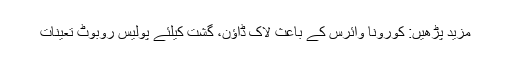
مزید پڑھیں: کورونا وائرس کے باعث لاک ڈاؤن، گشت کیلئے پولیس روبوٹ تعینات